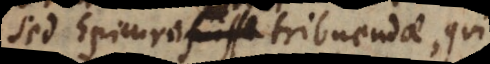
sed Epicuro tribuendae, qui